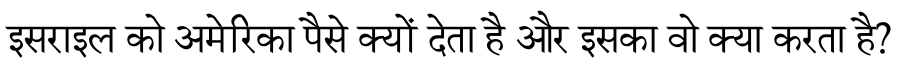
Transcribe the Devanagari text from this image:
इसराइल को अमेरिका पैसे क्यों देता है और इसका वो क्या करता है?